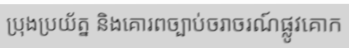
ប្រុងប្រយ័ត្ន និងគោរពច្បាប់ចរាចរណ៍ផ្លូវគោក